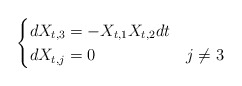
\begin{align*}\begin{cases}dX_{t,3} = -X_{t,1}X_{t,2}dt \\ dX_{t,j} = 0 & j \neq 3\end{cases}\end{align*}